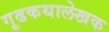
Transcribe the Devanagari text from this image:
गूढकथालेखक